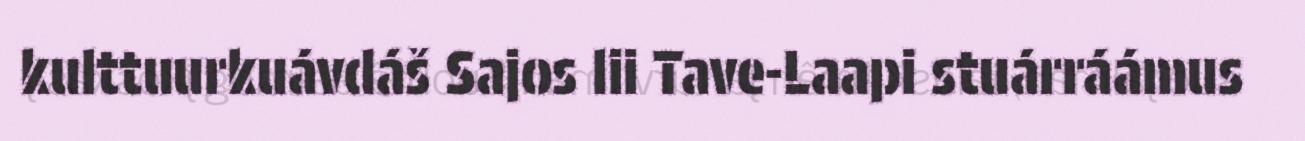
kulttuurkuávdáš Sajos lii Tave-Laapi stuárráámus